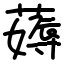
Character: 薅